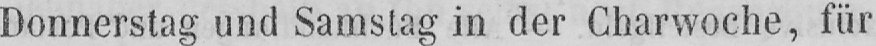
Donnerstag und Samstag in der Charwoche, für